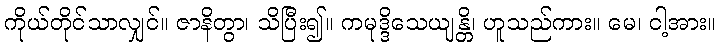
ကိုယ်တိုင်သာလျှင်။ ဇာနိတွာ၊ သိပြီး၍။ ကမုဒ္ဒိသေယျန္တိ၊ ဟူသည်ကား။ မေ၊ ငါ့အား။